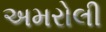
અમરોલી